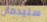
ستيدمان